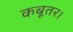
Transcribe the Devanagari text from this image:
कबूतर।